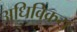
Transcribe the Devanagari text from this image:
अधिविक्रय